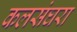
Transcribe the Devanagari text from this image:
कलसंघरा